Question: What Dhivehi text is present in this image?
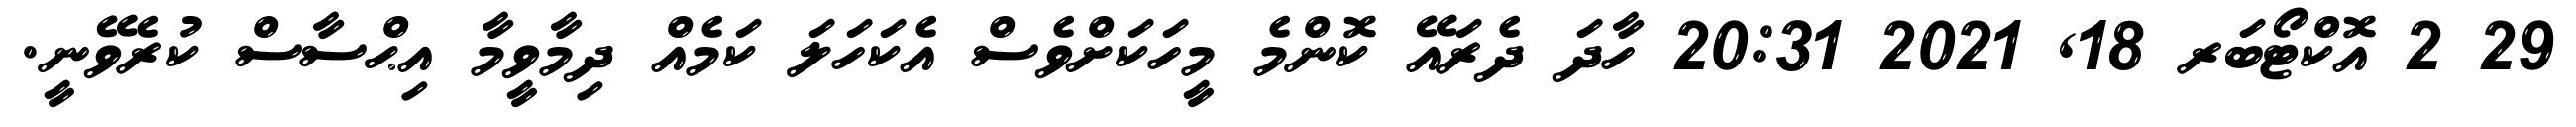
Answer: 29 2 އޮކްޓޯބަރ 18, 2021 20:31 ހާދަ ދެރައޭ ކޮންމެ މީހަކަށްވެސް އެކަހަލަ ކަމެއް ދިމާވީމާ އިޙްސާސް ކުރެވޭނީ.